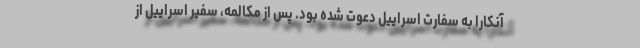
آنکارا به سفارت اسراییل دعوت شده بود. پس از مکالمه، سفیر اسراییل از